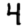
Digit: 4